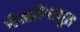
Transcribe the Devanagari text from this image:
नेस्तोनाबूत